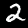
Digit: 2